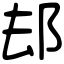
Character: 𨚫